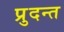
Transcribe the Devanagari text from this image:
प्रुदन्त